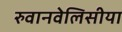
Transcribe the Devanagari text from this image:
रुवानवेलिसीया